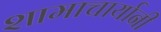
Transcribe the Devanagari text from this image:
शामाचार्यानी